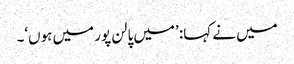
میں نے کہا: ’میں پالن پور میں ہوں‘۔